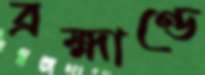
ব্রহ্মাণ্ডে